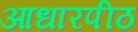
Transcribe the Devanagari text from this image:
आधारपीठ